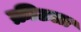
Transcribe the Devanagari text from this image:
क्रीटला